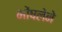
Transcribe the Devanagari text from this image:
भोंषलेने